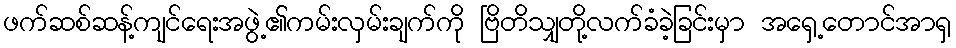
ဖက်ဆစ်ဆန့်ကျင်ရေးအဖွဲ့၏ကမ်းလှမ်းချက်ကို ဗြိတိသျှတို့လက်ခံခဲ့ခြင်းမှာ အရှေ့တောင်အာရှ